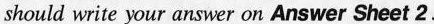
should write your answer on Answer Sheet2.